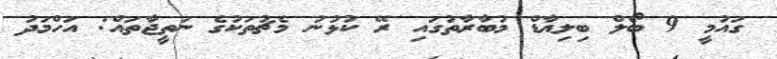
ގައުމީ 9 ބޯލް ބިލިއާޑް މުބާރާތުގައި ރޭ ކުޅުނު މެޗުތަކުގެ ނަތީޖާތައް: އަހްމަދު